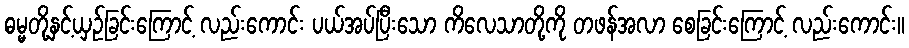
ဓမ္မတို့နှင့်ယှဉ်ခြင်းကြောင့် လည်းကောင်း ပယ်အပ်ပြီးသော ကိလေသာတို့ကို တဖန်အလာ စေခြင်းကြောင့် လည်းကောင်း။